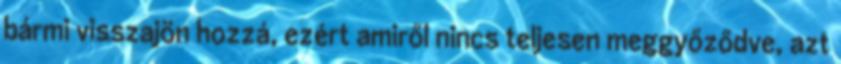
bármi visszajön hozzá, ezért amiről nincs teljesen meggyőződve, azt